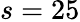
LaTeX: s=25